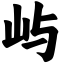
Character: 屿